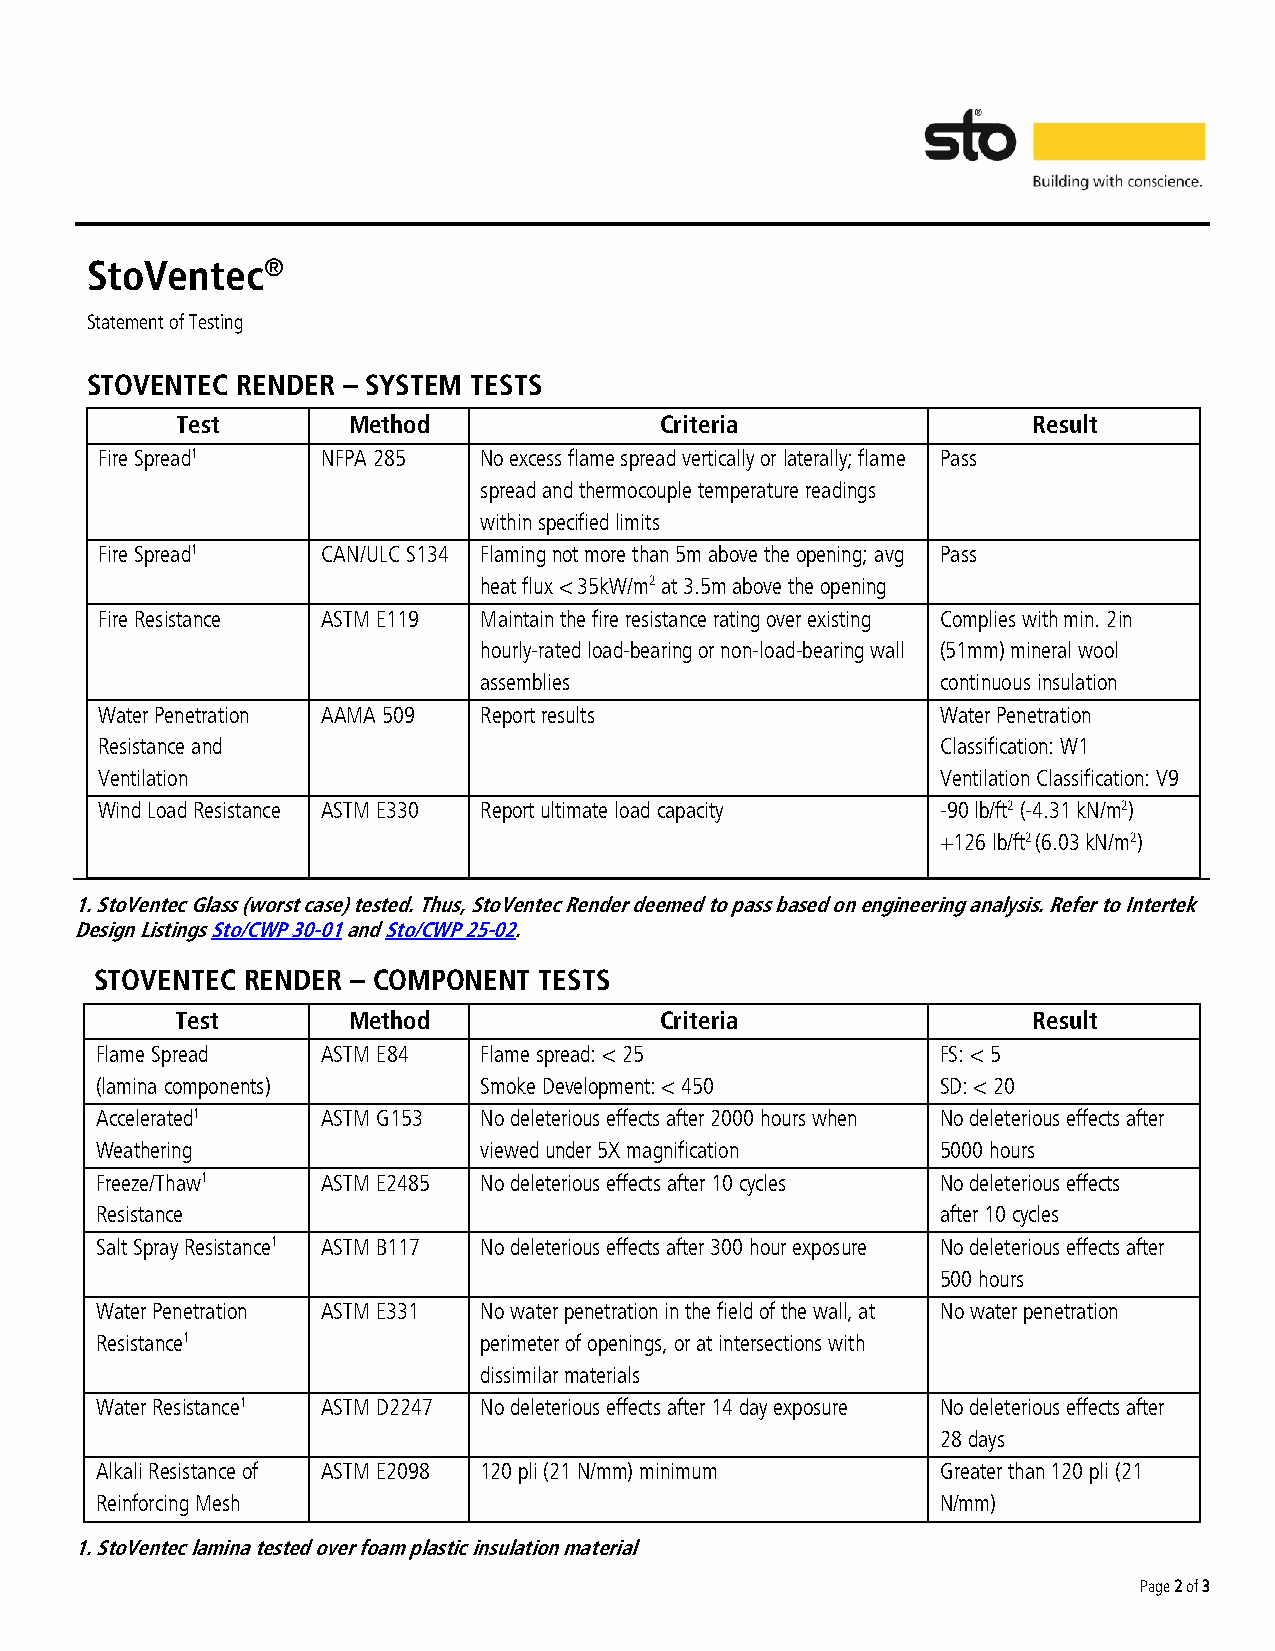
StoVentec®
 Statement of Testing
 STOVENTEC RENDER – SYSTEM TESTS
 Test       Method               Criteria                Result
 Fire Spread1   NFPA 285   No excess flame spread vertically or laterally; flame Pass
 spread and thermocouple temperature readings
 within specified limits
 Fire Spread1   CAN/ULC S134 Flaming not more than 5m above the opening; avg Pass
 heat flux < 35kW/m2 at 3.5m above the opening
 Fire Resistance ASTM E119 Maintain the fire resistance rating over existing Complies with min. 2in
 hourly-rated load-bearing or non-load-bearing wall (51mm) mineral wool
 assemblies                    continuous insulation
 Water Penetration AAMA 509 Report results               Water Penetration
 Resistance and                                          Classification: W1
 Ventilation                                             Ventilation Classification: V9
 Wind Load Resistance ASTM E330 Report ultimate load capacity -90 lb/ft2 (-4.31 kN/m2)
 +126 lb/ft2 (6.03 kN/m2)
 1. StoVentec Glass (worst case) tested. Thus, StoVentec Render deemed to pass based on engineering analysis. Refer to Intertek
 Design Listings Sto/CWP 30-01 and Sto/CWP 25-02.
 STOVENTEC RENDER – COMPONENT  TESTS
 Test       Method               Criteria                Result
 Flame Spread   ASTM E84   Flame spread: < 25            FS: < 5
 (lamina components)       Smoke Development: < 450      SD: < 20
 Accelerated1   ASTM G153  No deleterious effects after 2000 hours when No deleterious effects after
 Weathering                viewed under 5X magnification 5000 hours
 Freeze/Thaw1   ASTM E2485 No deleterious effects after 10 cycles No deleterious effects
 Resistance                                              after 10 cycles
 Salt Spray Resistance1 ASTM B117 No deleterious effects after 300 hour exposure No deleterious effects after
 500 hours
 Water Penetration ASTM E331 No water penetration in the field of the wall, at No water penetration
 Resistance1               perimeter of openings, or at intersections with
 dissimilar materials
 Water Resistance1 ASTM D2247 No deleterious effects after 14 day exposure No deleterious effects after
 28 days
 Alkali Resistance of ASTM E2098 120 pli (21 N/mm) minimum Greater than 120 pli (21
 Reinforcing Mesh                                        N/mm)
 1. StoVentec lamina tested over foam plastic insulation material
 Page 2 of 3